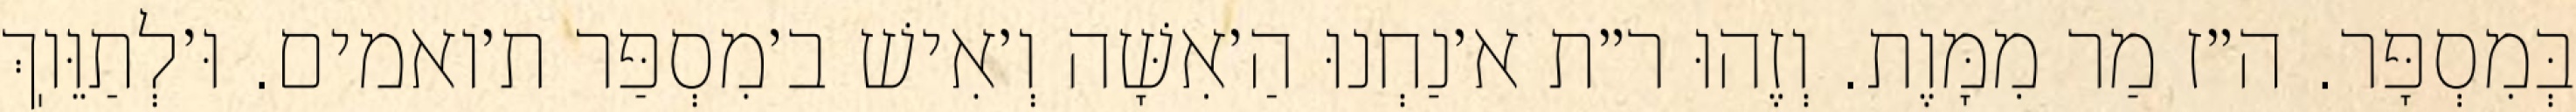
בְּמִסְפָּר. ה״ז מַר מִמָּוֶת. וְזֶהוּ ר״ת א׳נַחְנוּ הַ׳אִשָּׁה וְ׳אִישׁ ב׳מִסְפַּר ת׳ואמים. וּ׳לְתַוֵּוֽךְ